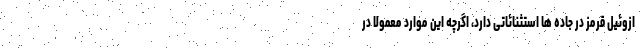
ازوئیل قرمز در جاده ها استثنائاتی دارد، اگرچه این موارد معمولاً در